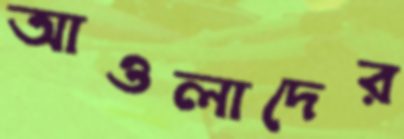
আওলাদের